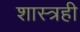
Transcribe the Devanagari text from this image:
शास्त्रही